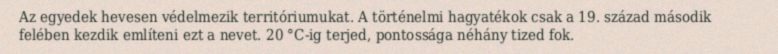
Az egyedek hevesen védelmezik territóriumukat. A történelmi hagyatékok csak a 19. század második felében kezdik említeni ezt a nevet. 20 °C-ig terjed, pontossága néhány tized fok.